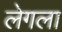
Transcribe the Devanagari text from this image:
लेगला